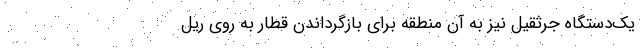
یک‌دستگاه جرثقیل نیز به آن منطقه برای بازگرداندن قطار به روی ریل